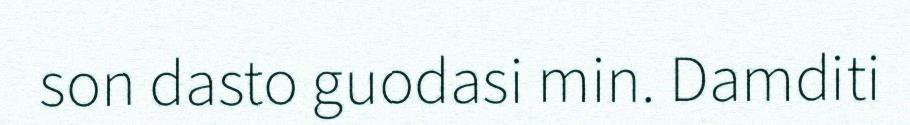
son dasto guodasi min. Damditi